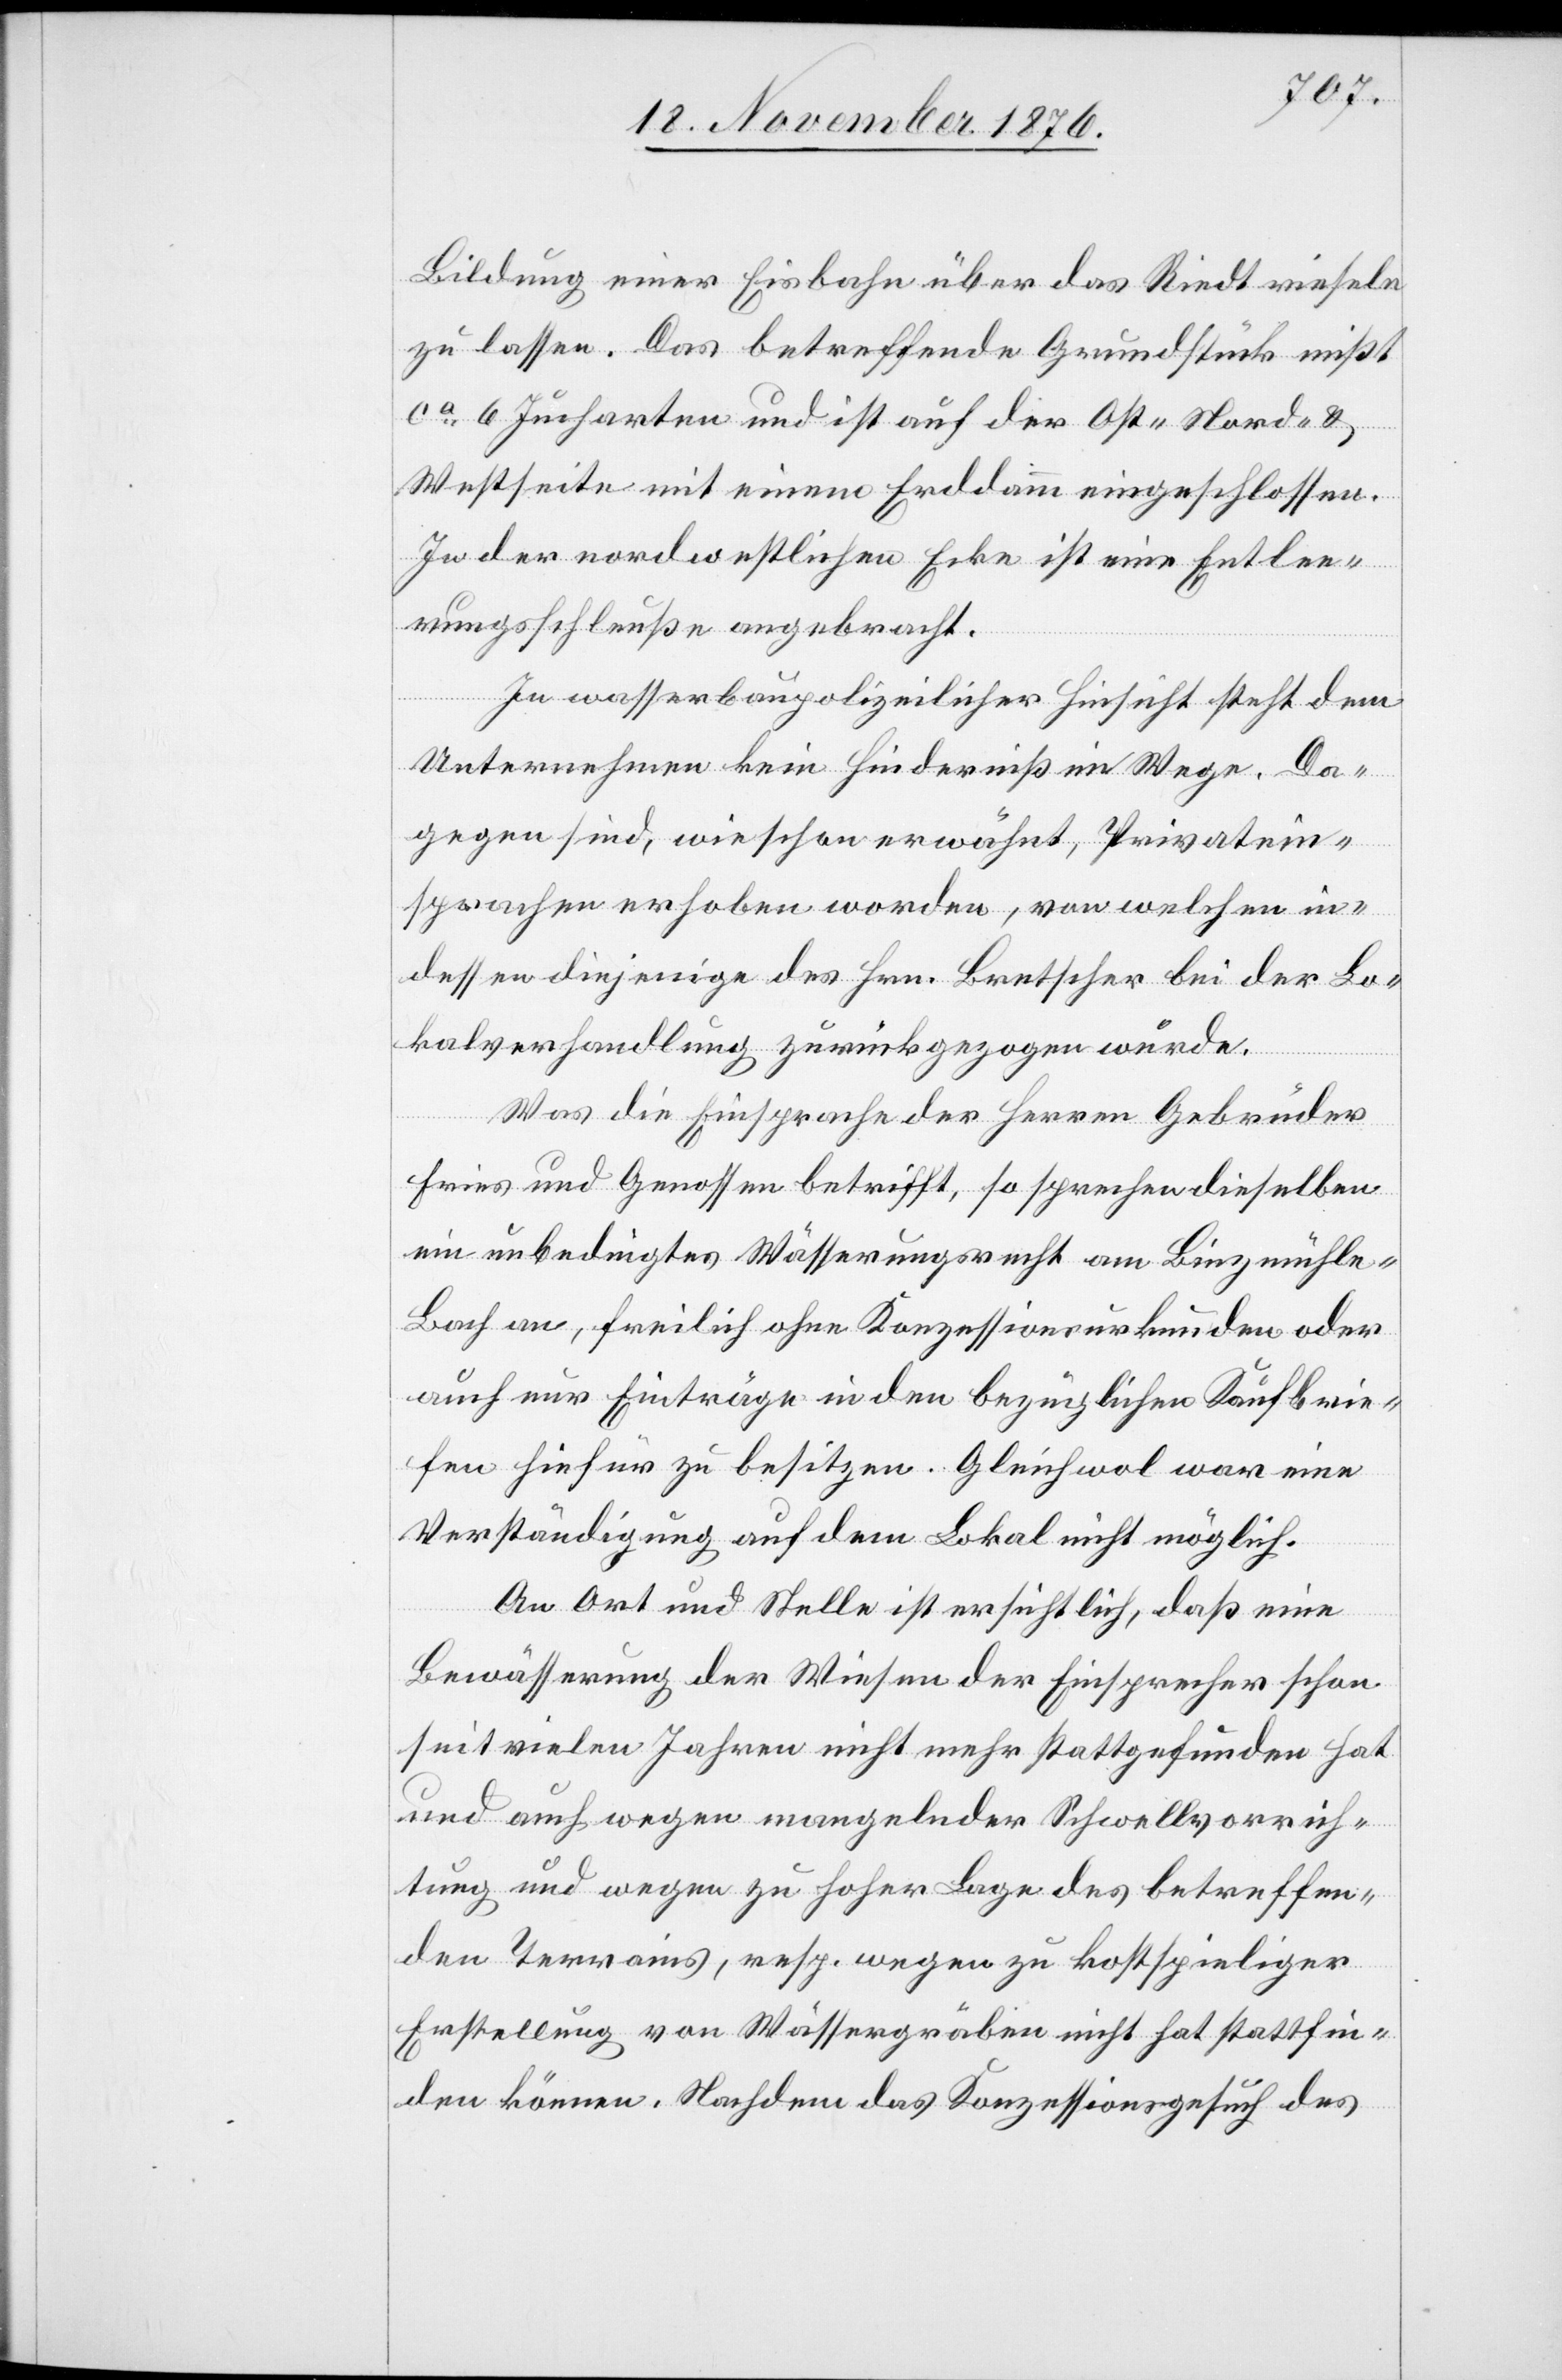
Bildung eines Eisbahn über das Riedt rieseln
zu lassen. Das betreffende Grundstück mißt
ca 6 Jucharten und ist auf der Ost-[,] Nord- &
Westseite mit einem Erddamm eingeschlossen.
In der nordwestlichen Ecke ist eine Entlee¬
rungsschleuße angebracht.
In wasserbaupolizeilicher Hinsicht steht dem
Unternehmen kein Hinderniß im Wege. Da¬
gegen sind, wie schon erwähnt, Privatein¬
sprachen erhoben worden, von welchen in¬
dessen diejenige des Hrn. Bretscher bei der Lo¬
kalverhandlung zurückgezogen wurde.
Was die Einsprache der Herren Gebrüder
Fries und Genossen betrifft, so sprechen dieselben
ein unbedingtes Wässerungsrecht am Binzmühle-B¬
ach an, freilich ohne Konzessionsurkunden oder
auch nur Einträge in den bezüglichen Kaufbrie¬
fen hiefür zu besitzen. Gleichwol war eine
Verständigung auf dem Lokal nicht möglich.
mehr
An Ort und Stelle ist ersichtlich, daß eine
Bewässerung der Wiesen der Einsprecher schon
und auch wegen mangelnder Schwellvorrich¬
tungen und wegen zu hoher Lage des betreffen¬
den Terrains, resp. wegen zu kostspieliger
nicht
Erstellung von Wässerungsgräben nicht hat stattfin¬
den können. Nachdem das Konzessionsgesuch des